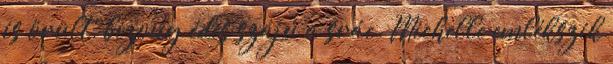
is örült, bizony édes szájú a srác. Michelle emlékszik